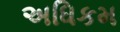
અધિકમ